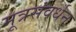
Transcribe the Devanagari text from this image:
मूत्रसंवर्धन